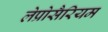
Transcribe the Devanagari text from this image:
लेप्रोसैरियम